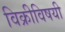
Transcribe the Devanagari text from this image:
विक्रीविषयी